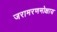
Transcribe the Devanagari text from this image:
जरामरणमोक्षाय